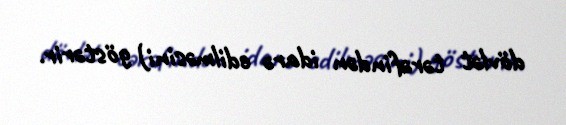
dövlət tərəfindən idarə edilməsini) göstərir.